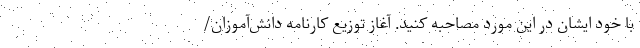
با خود ایشان در این مورد مصاحبه کنید. آغاز توزیع کارنامه دانش‌آموزان/